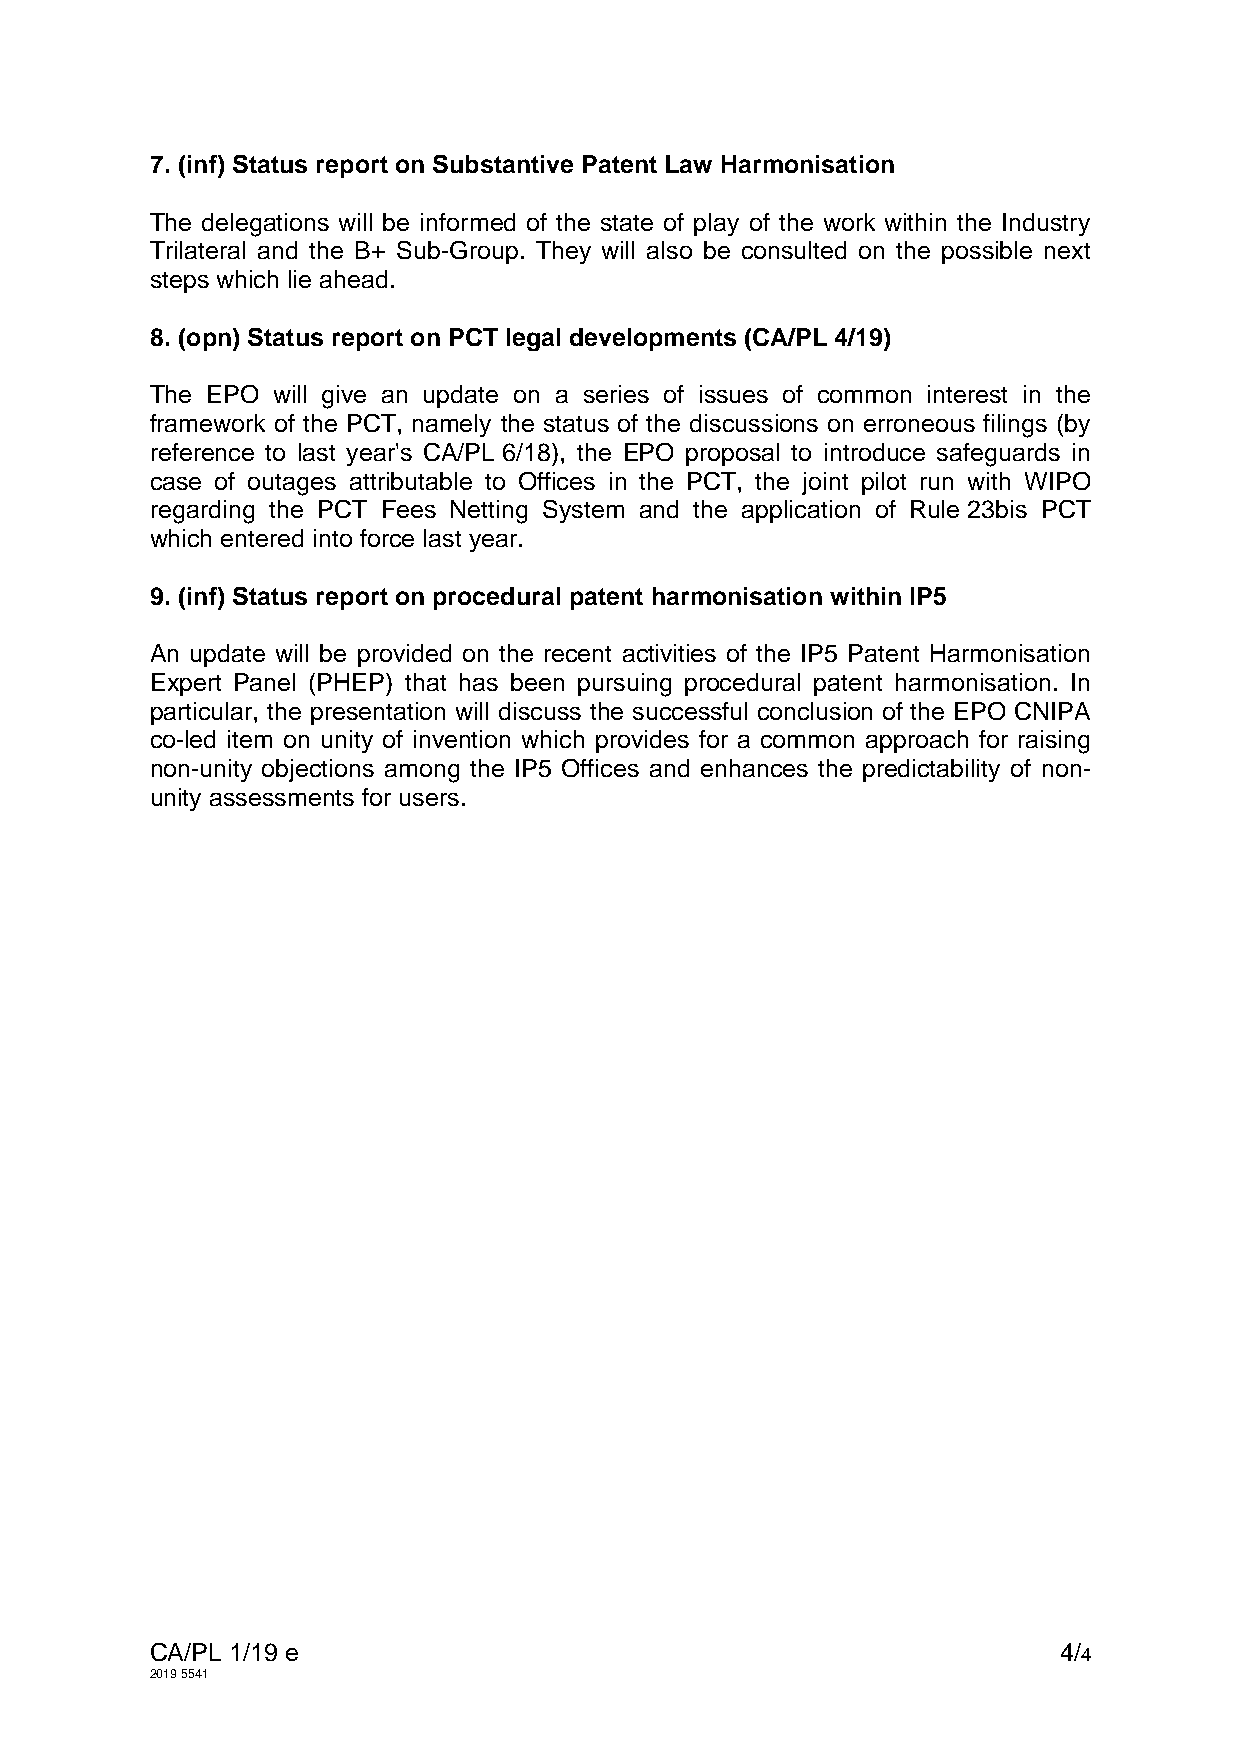
7. (inf) Status report on Substantive Patent Law Harmonisation
 The delegations will be informed of the state of play of the work within the Industry
 Trilateral and the B+ Sub-Group. They will also be consulted on the possible next
 steps which lie ahead.
 8. (opn) Status report on PCT legal developments (CA/PL 4/19)
 The EPO will give an update on a series of issues of common interest in the
 framework of the PCT, namely the status of the discussions on erroneous filings (by
 reference to last year's CA/PL 6/18), the EPO proposal to introduce safeguards in
 case of outages attributable to Offices in the PCT, the joint pilot run with WIPO
 regarding the PCT Fees Netting System and the application of Rule 23bis PCT
 which entered into force last year.
 9. (inf) Status report on procedural patent harmonisation within IP5
 An update will be provided on the recent activities of the IP5 Patent Harmonisation
 Expert Panel (PHEP) that has been pursuing procedural patent harmonisation. In
 particular, the presentation will discuss the successful conclusion of the EPO CNIPA
 co-led item on unity of invention which provides for a common approach for raising
 non-unity objections among the IP5 Offices and enhances the predictability of non-
 unity assessments for users.
 CA/PL 1/19 e                                                4/4
 2019 5541